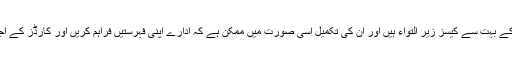
فائونڈیشن کے پاس مالی امداد کے بہت سے کیسز زیر التواء ہیں اور ان کی تکمیل اسی صورت میں ممکن ہے کہ ادارے اپنی فہرستیں فراہم کریں اور کارڈز کے اجراء کا مرحلہ مکمل ہو سکے ۔